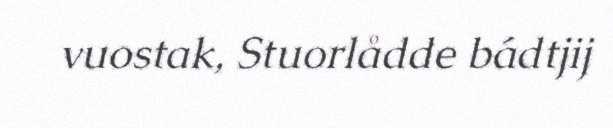
vuostak, Stuorlådde bádtjij